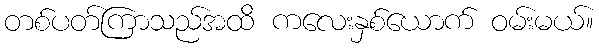
တစ်ပတ်ကြာသည်အထိ ကလေးနှစ်ယောက် ဝမ်းမယ်။